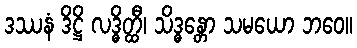
ဒဿနံ ဒိဋ္ဌိ လဒ္ဓိတ္ထီ၊ သိဒ္ဓန္တော သမယော ဘဝေ။